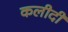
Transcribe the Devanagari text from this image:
कलीदी